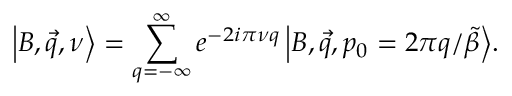
\Big \vert B , \vec { q } , \nu \Big \rangle = \sum _ { q = - \infty } ^ { \infty } e ^ { - 2 i \pi \nu q } \, \Big \vert B , \vec { q } , p _ { 0 } = 2 \pi q / \tilde { \beta } \Big \rangle .